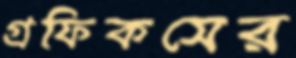
গ্রফিকসের